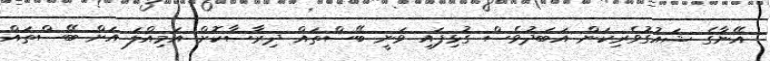
އޭނާގެ ޝައުގުވެރިކަން އަބަދުވެސް ގުޅިފައި ވަނީ ބޭސްތައް ދިރާސާކޮށް އަމިއްލަ އަށް ބޭސްތައް